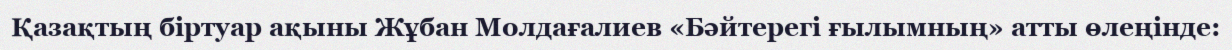
Қазақтың біртуар ақыны Жұбан Молдағалиев «Бәйтерегі ғылымның» атты өлеңінде: